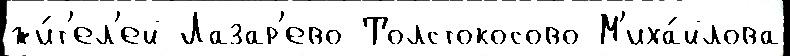
жи́т'ел'ей Лазар'ево Толстокосово М'иха́йлова